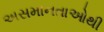
અસમાનતાઓથી